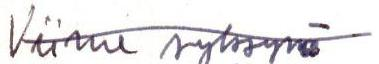
Viime syksynä